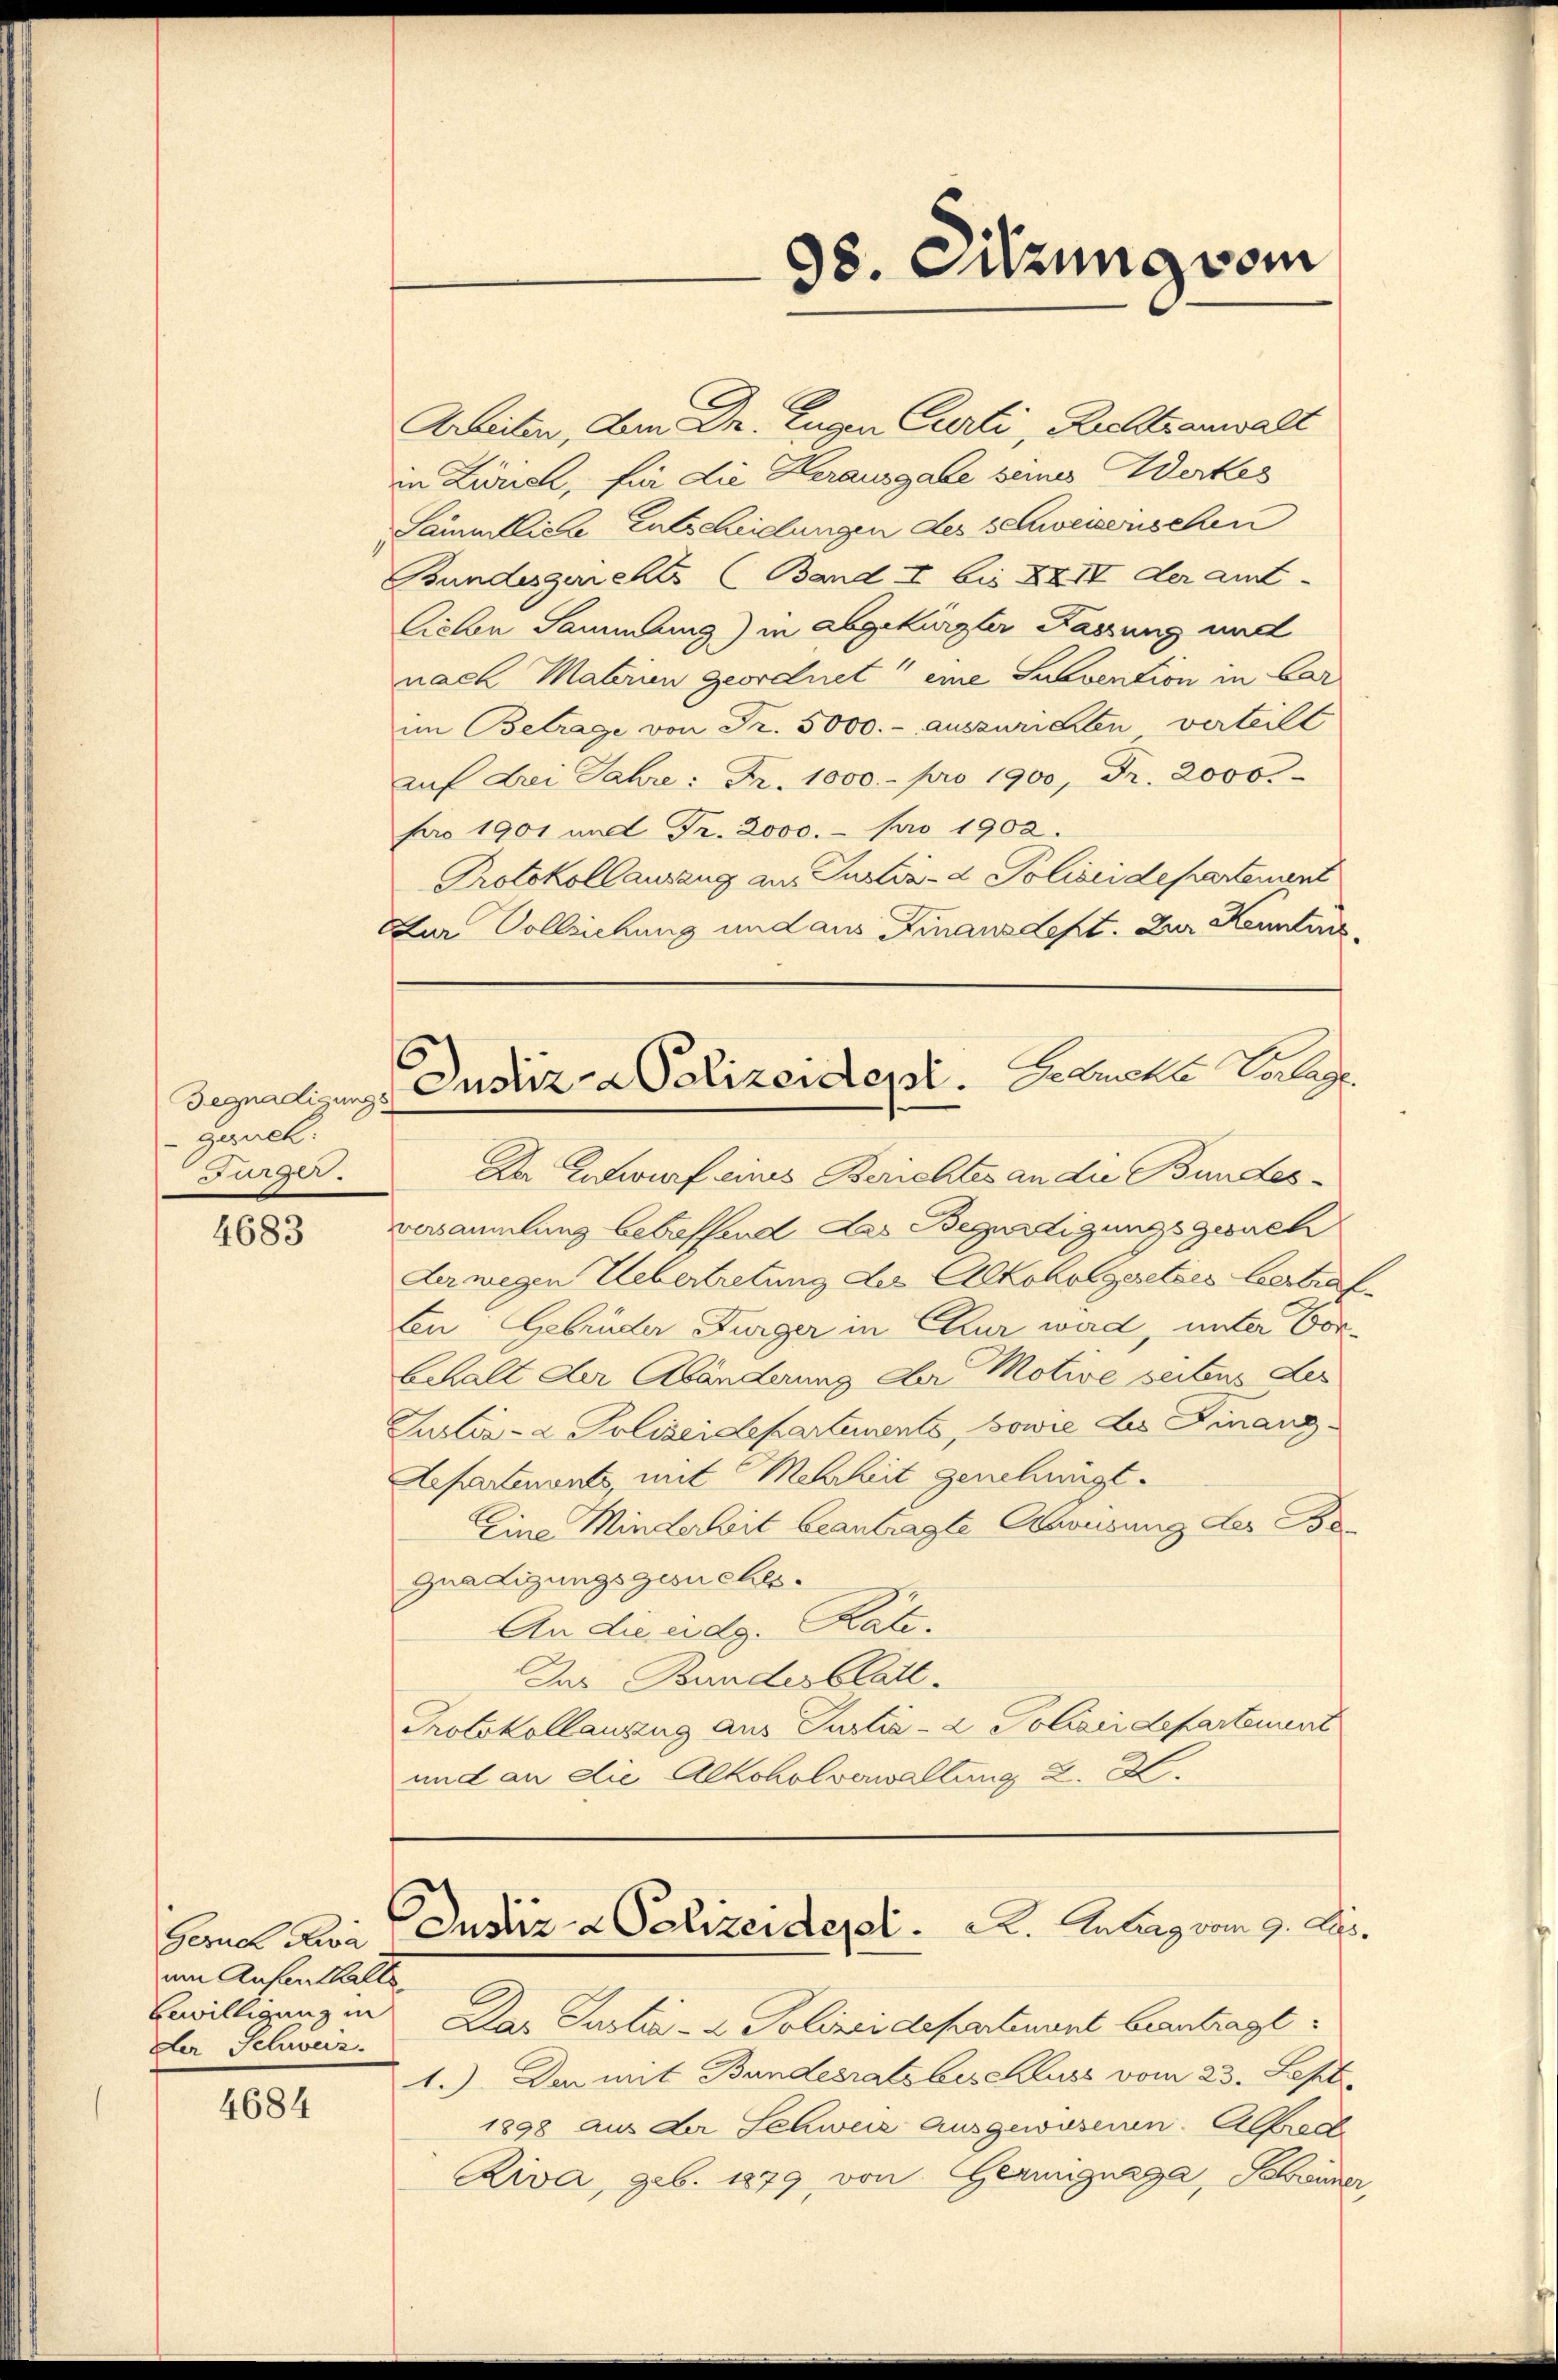
Begnadigungs
geneh
Frz.

4683

Geruch Reva
um Aufenthalts
Bewilligung in
Der Schweiz.

4684

Aur Vollziehung und aus Finanzdeft. Zur Kenntins¬

98. Sitzung vom

Arbeiten, dem Dr. Eugen Curti, Richtsanwalt
in Zürich, für die Kerausgabe seines Werkes
Sämmtliche Entschielungen des Schweisenschen
Bundesgerichts (Band I bis XXII der amt¬
Lieben Sammlung) in abgekürzler Fassung und
nach Materin geordnet, eine Subvention in ber
im Betrage von Fr. 5000.- auszurichten verteilt
aŭf drei Jahre: Fr. 1000.- pro 1900, Fr. 2000
pro 1901 und Fr. 2000.- pro 1902.
Protokollausang an Instiv-d Polizeidepartement
Der Entwurf eines Berichtes an die Bundesversammlung betreffend das Begnadigungsgesuch
derwegen Uebertretung des Alkoholgesetzes bestraf
En Gebrüder Burger in Chur wird, unter Vor¬
Gehalt der Abänderung der Motive seitens des
Justiz- & Polizeidepartements, sowie des Finanz¬
Aepartenants, mit Mehrheit genehmigt.
Eine Minderheit beantragte Abweisung der Be-
Gnädigungsgesuches.
An die eidg. Kate.
Das Bundesblatt.
Protokollanzug aus Justiz- & Polizeidepartement
und an die Alkoholverwaltung 2. X.

Zustiz- & Polizeidept. Gesuche Geleg

Justiz- & Polizeidepol.   .   Anlang vom 9. Ap¬

Das Justiz- & Polizeidepartement beantragt.
1.) Den mit Bundesratsbeschluss vom 23. Sept.
1898 aus der Schweiz ausgewesenen. Alfrech
Riva, geb. 1879 von Geringuaga, Schwuner,